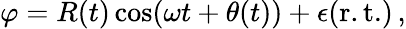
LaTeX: \varphi=R(t)\cos(\omega t+\theta(t))+\epsilon(\mathrm{r.t.})\, ,